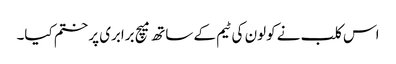
اس کلب نے کولون کی ٹیم کے ساتھ میچ برابری پر ختم کیا۔